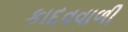
કાદવવાળી